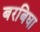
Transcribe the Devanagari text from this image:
बरबिघा